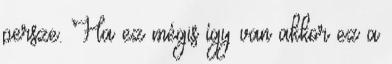
persze. Ha ez mégis így van akkor ez a